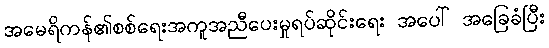
အမေရိကန်၏စစ်ရေးအကူအညီပေးမှုရပ်ဆိုင်းရေး အပေါ် အခြေခံပြီး